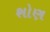
શોણ